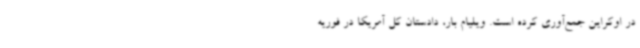
در اوکراین جمع‌آوری کرده است. ویلیام بار، دادستان کل آمریکا در فوریه